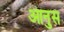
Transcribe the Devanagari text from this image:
आनुस